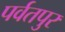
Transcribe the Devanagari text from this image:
पर्वतपुर